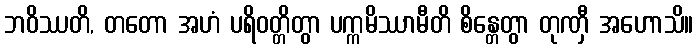
ဘဝိဿတိ, တတော အဟံ ပရိဝတ္တိတွာ ပက္ကမိဿာမီတိ စိန္တေတွာ တုဏှီ အဟောသိ။